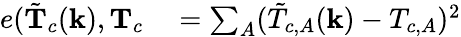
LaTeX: \begin{array}{rl}{e(\tilde{\mathbf{T}}_{c}(\mathbf{k}),\mathbf{T}_{c}}&{{}=\sum_{A}(\tilde{T}_{c,A}(\mathbf{k})-T_{c,A})^{2}}\end{array}